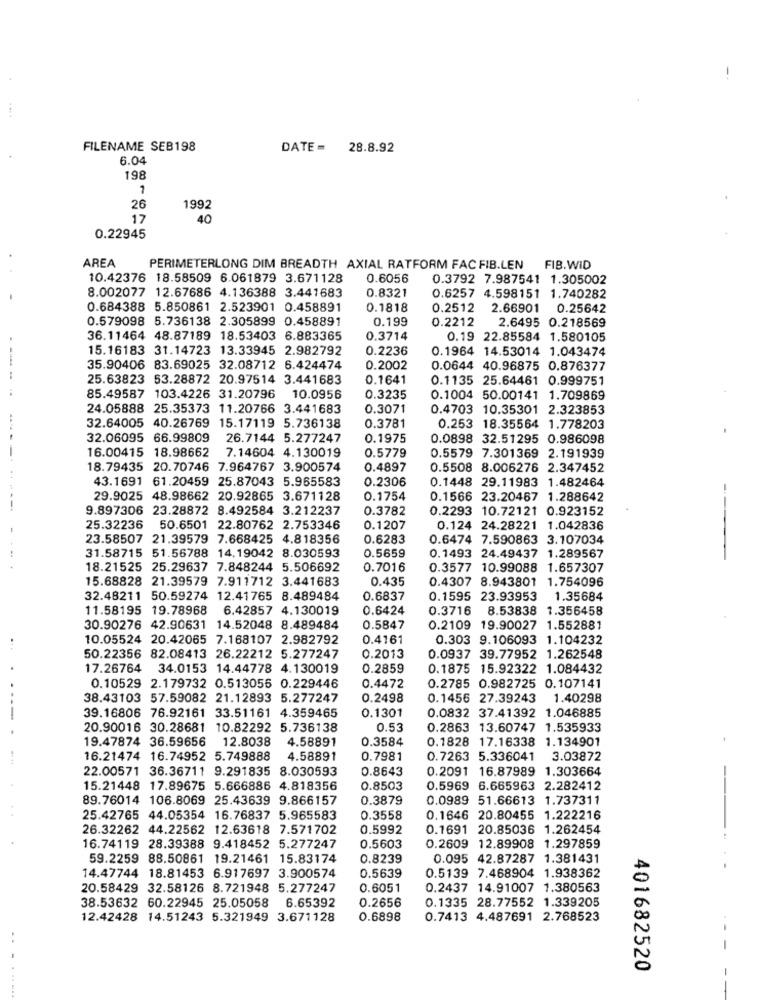
FILENAME SEB198
DATE= 28.8.92
6.04
198
1
26
1992
17
40
0.22945
AREA
PERIMETERLONG DIM BREADTH AXIAL RATFORM FAC FIB.LEN FIB.WID
10.42376 18.58509 6.061879 3.671128
0.6056
0.3792 7.987541 1.305002
0.8321
8.002077 12.67686 4.136388 3.441683
0.6257 4.598151 1.740282
0.684388 5.850861 2.523901 0.458891
0.1818
0.2512 2.66901 0.25642
0.579098 5.736138 2.305899 0.458891
0.199
0.2212
2.6495 0.218569
36.11464 48.87189 18.53403 6.883365
0.3714
0.19 22.85584 1.580105
15.16183 31.14723 13.33945 2.982792
0.2236
0.1964 14.53014 1.043474
35.90406 83.69025 32.08712 6.424474
0.2002
0.0644 40.96875 0.876377
25.63823 53.28872 20.97514 3.441683
0.1641
0.1135 25.64461 0.999751
85.49587 103.4226 31.20796
10.0956
0.3235
0.1004 50.00141 1.709869
24.05888 25.35373 11.20766 3.441683
0.3071
0.4703 10.35301 2.323853
0.378
32.64005 40.26769 15.17119 5.736138
0.253 18.35564 1.778203
32.06095 66.99809
26.7144 5.277247
0.1975
0.0898 32.51295 0.986098
16.00415 18.98662
7.14604 4.130019
0.5779
0.5579 7.301369 2.191939
18.79435 20.70746 7.964767 3.900574
0.4897
0.5508
8.006276 2.347452
43.1691 61.20459 25.87043 5.965583
0.2306
0.1448 29.11983 1.482464
29.9025 48.98662 20.92865 3.671128
0.1754
0.1566 23.20467 1.288642
9.897306 23.28872 8.492584 3.212237
0.3782
0.2293 10.72121 0.923152
25.32236 50.6501 22.80762 2.753346
0.1207
0.124 24.28221 1.042836
23.58507 21.39579 7.668425 4.818356
0.6283
0.6474 7.590863 3.107034
31.58715 51.56788 14.19042 8.030593
0.5659
0.1493 24.49437 1.289567
---
18.21525 25.29637 7.848244 5.506692
0.7016
0.3577 10.99088 1.657307
15.68828 21.39579 7.911712 3.441683
0.435
0.4307 8.943801 1.754096
32.48211 50.59274 12.41765 8.489484
0.6837
0.1595 23.93953
1.35684
11.58195 19.78968 6.42857 4.130019
0.6424
0.3716 8.53838
1.356458
30.90276 42.90631 14.52048 8.489484
0.5847
0.2109 19.90027 1.552881
10.05524 20.42065 7.168107 2.982792
0.4161
0.303 9.106093 1.104232
50.22356 82.08413 26.22212 5.277247
0.2013
0.0937 39.77952 1.262548
17.26764 34.0153 14.44778 4.130019
0.2859
0.1875 15.92322 1.084432
0.10529 2.179732 0.513056 0.229446
0.4472
0.2785 0.982725 0.107141
38.43103 57.59082 21.12893 5.277247
0.2498
0.1456 27.39243 1.40298
39.16806 76.92161 33.51161 4.359465
0.1301
0.0832 37.41392 1.046885
20.90016 30.28681
10.82292 5.736138
0.53
0.2863 13.60747 1.535933
19.47874 36.59656
12.8038
4.58891
0.3584
0.1828 17.16338 1.134901
16.21474 16.74952 5.749888
4.58891
0.7981
0.7263 5.336041
3.03872
22.00571 36.36711 9.291835 8.030593
0.8643
0.2091 16.87989 1.303664
15.21448 17.89675 5.666886 4.818356
0.8503
0.5969 6.665963 2.282412
89.76014 106.8069 25.43639 9.866157
0.3879
0.0989 51.66613 1.737311
25.42765 44.05354 16.76837 5.965583
0.3558
0.1646 20.80455 1.222216
26.32262 44.22562 12.63618 7.571702
0.5992
0.1691 20.85036 1.262454
0.5603
16.74119 28.39388 9.418452 5.277247
0.2609 12.89908 1.297859
59.2259 88.50861 19.21461 15.83174
0.8239
0.095 42.87287 1.381431
14.47744 18.81453 6.917697 3.900574
0.5639
0.5139 7.468904 1.938362
20.58429 32.58126 8.721948 5.277247
0.6051
0.2437 14.91007 1.380563
38.53632 60.22945 25.05058 6.65392
0.2656
0.1335 28.77552 1.339205
12.42428 14.51243 5.321949 3.671128
0.6898
0.7413 4.487691 2.768523
401682520
...